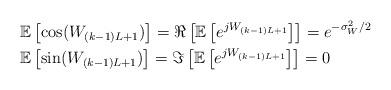
LaTeX: \begin{align*}&\mathbb{E}\left[ \cos(W_{(k-1)L+1}) \right]= \Re\left[ \mathbb{E}\left[ e^{j W_{(k-1)L+1}} \right] \right]= e^{- \sigma^2_{W}/2} \\&\mathbb{E}\left[ \sin(W_{(k-1)L+1}) \right]= \Im\left[ \mathbb{E}\left[ e^{j W_{(k-1)L+1}} \right] \right]= 0\end{align*}